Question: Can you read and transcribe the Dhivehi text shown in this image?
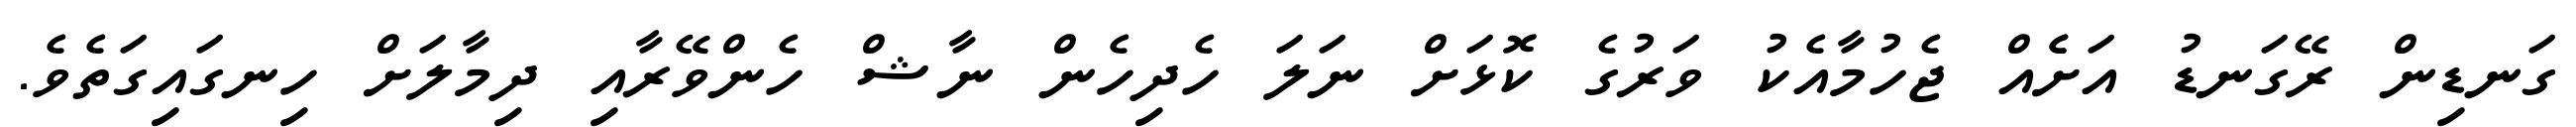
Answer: ގަނޑިން ރޭގަނޑު އަށެެއް ޖެހުމާއެކު ވަރުގެ ކޮޅަށް ނަލަ ހެދިހެން ނާޝް ހެންވޭރާއި ދިމާލަށް ހިނގައިގަތެވެ.